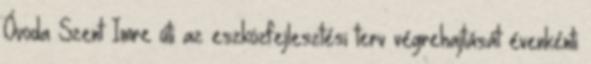
Óvoda Szent Imre úti az eszközfejlesztési terv végrehajtását évenkénti